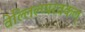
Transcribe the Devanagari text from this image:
वेल्लिल्प्परवकल्